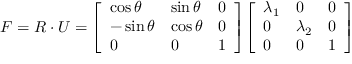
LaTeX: { \boldsymbol { F } } = { \boldsymbol { R } } \cdot { \boldsymbol { U } } = { \left[ \begin{array} { l l l } { \cos \theta } & { \sin \theta } & { 0 } \\ { - \sin \theta } & { \cos \theta } & { 0 } \\ { 0 } & { 0 } & { 1 } \end{array} \right] } { \left[ \begin{array} { l l l } { \lambda _ { 1 } } & { 0 } & { 0 } \\ { 0 } & { \lambda _ { 2 } } & { 0 } \\ { 0 } & { 0 } & { 1 } \end{array} \right] }